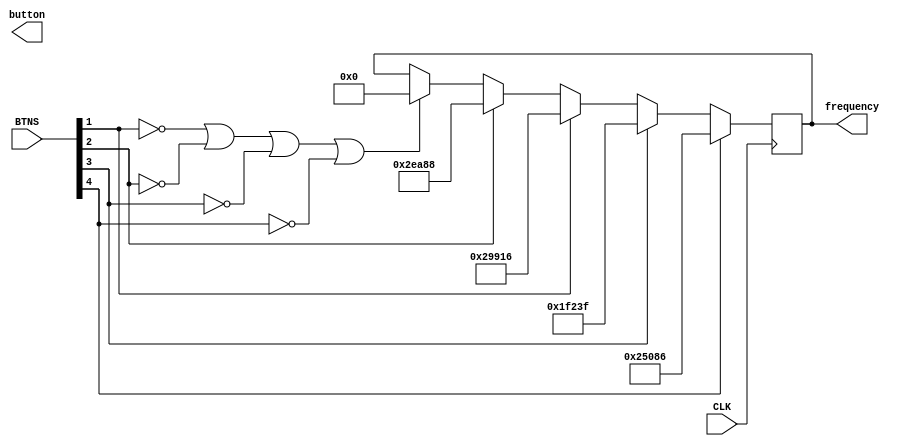
`timescale 1ns / 1ps


//each button plays a note 
module button_control(
    input CLK,
    input [4:0] BTNS,
    output reg [3:0] button,
    output reg [28:0] frequency
    );
    
    
    always @ (posedge CLK) begin
        
        if (BTNS[1]==0 || BTNS[2]==0 || BTNS[3]==0 || BTNS[4]==0)
            begin
                frequency<=0;
            end
        
        case (BTNS[2])
        0:  begin 
           end
        1: begin 
            frequency<=191112; //c
           end
        endcase
        
        case (BTNS[1])
        0:  begin 
           end
        1:  begin 
            frequency<=170262; //d
           end
        endcase
        
        case (BTNS[3])
        0:  begin 
           end
        1: begin 
            frequency<=127551; //g
           end
        endcase
        
        case (BTNS[4])
        0:  begin 
           end
        1: begin 
            frequency<=151686; //e
           end
        endcase                        
       
    end    
endmodule